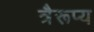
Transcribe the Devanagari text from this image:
त्रैरूप्य